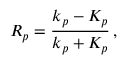
R _ { p } = \frac { k _ { p } - K _ { p } } { k _ { p } + K _ { p } } \, ,